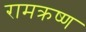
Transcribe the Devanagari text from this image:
रामक्रष्ण